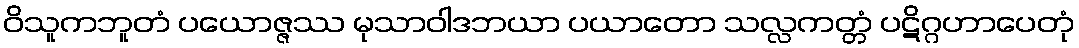
ဝိသူကဘူတံ ပယောဇ္ဇဿ မုသာဝါဒဘယာ ပယာတော သလ္လကတ္တံ ပဋိဂ္ဂဟာပေတုံ